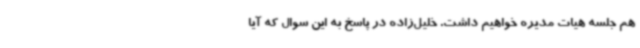
هم جلسه هیات مدیره خواهیم داشت. خلیل‌زاده در پاسخ به این سوال که آیا